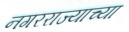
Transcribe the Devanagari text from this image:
नगरराज्याच्या